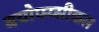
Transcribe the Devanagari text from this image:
बयोफ्य्सीकल